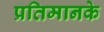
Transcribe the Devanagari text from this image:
प्रतिमानके